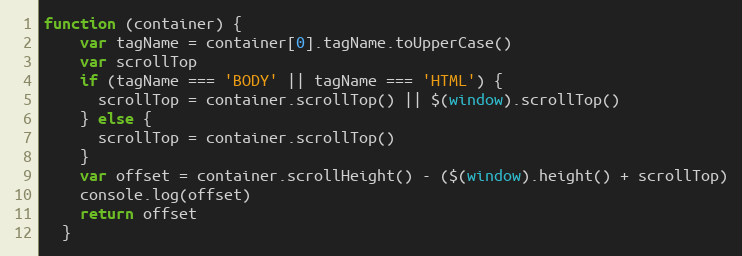
Language: JavaScript
function (container) {
    var tagName = container[0].tagName.toUpperCase()
    var scrollTop
    if (tagName === 'BODY' || tagName === 'HTML') {
      scrollTop = container.scrollTop() || $(window).scrollTop()
    } else {
      scrollTop = container.scrollTop()
    }
    var offset = container.scrollHeight() - ($(window).height() + scrollTop)
    console.log(offset)
    return offset
  }